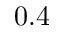
0 . 4